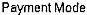
PAYMENT MODE